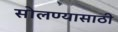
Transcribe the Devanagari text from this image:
सोलण्यासाठी